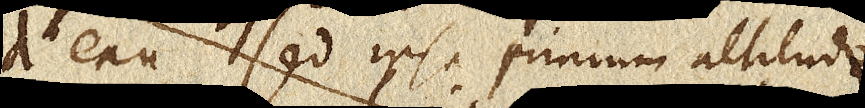
d’eau, sed ipsa primum altitudo